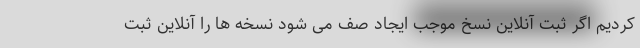
کردیم اگر ثبت آنلاین نسخ موجب ایجاد صف می شود نسخه ها را آنلاین ثبت